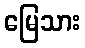
မြေသား